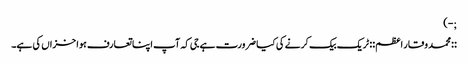
;-)
::محمد وقار اعظم:: ٹریک بیک کرنے کی کیا ضرورت ہے جی کہ آپ اپنا تعارف ہوا خزاں کی ہے۔